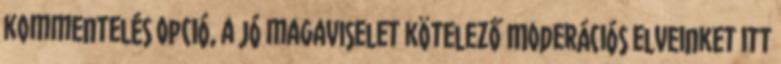
kommentelés opció, a jó magaviselet kötelező Moderációs elveinket itt